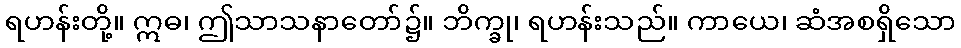
ရဟန်းတို့။ ဣဓ၊ ဤသာသနာတော်၌။ ဘိက္ခု၊ ရဟန်းသည်။ ကာယေ၊ ဆံအစရှိသော